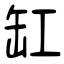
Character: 缸